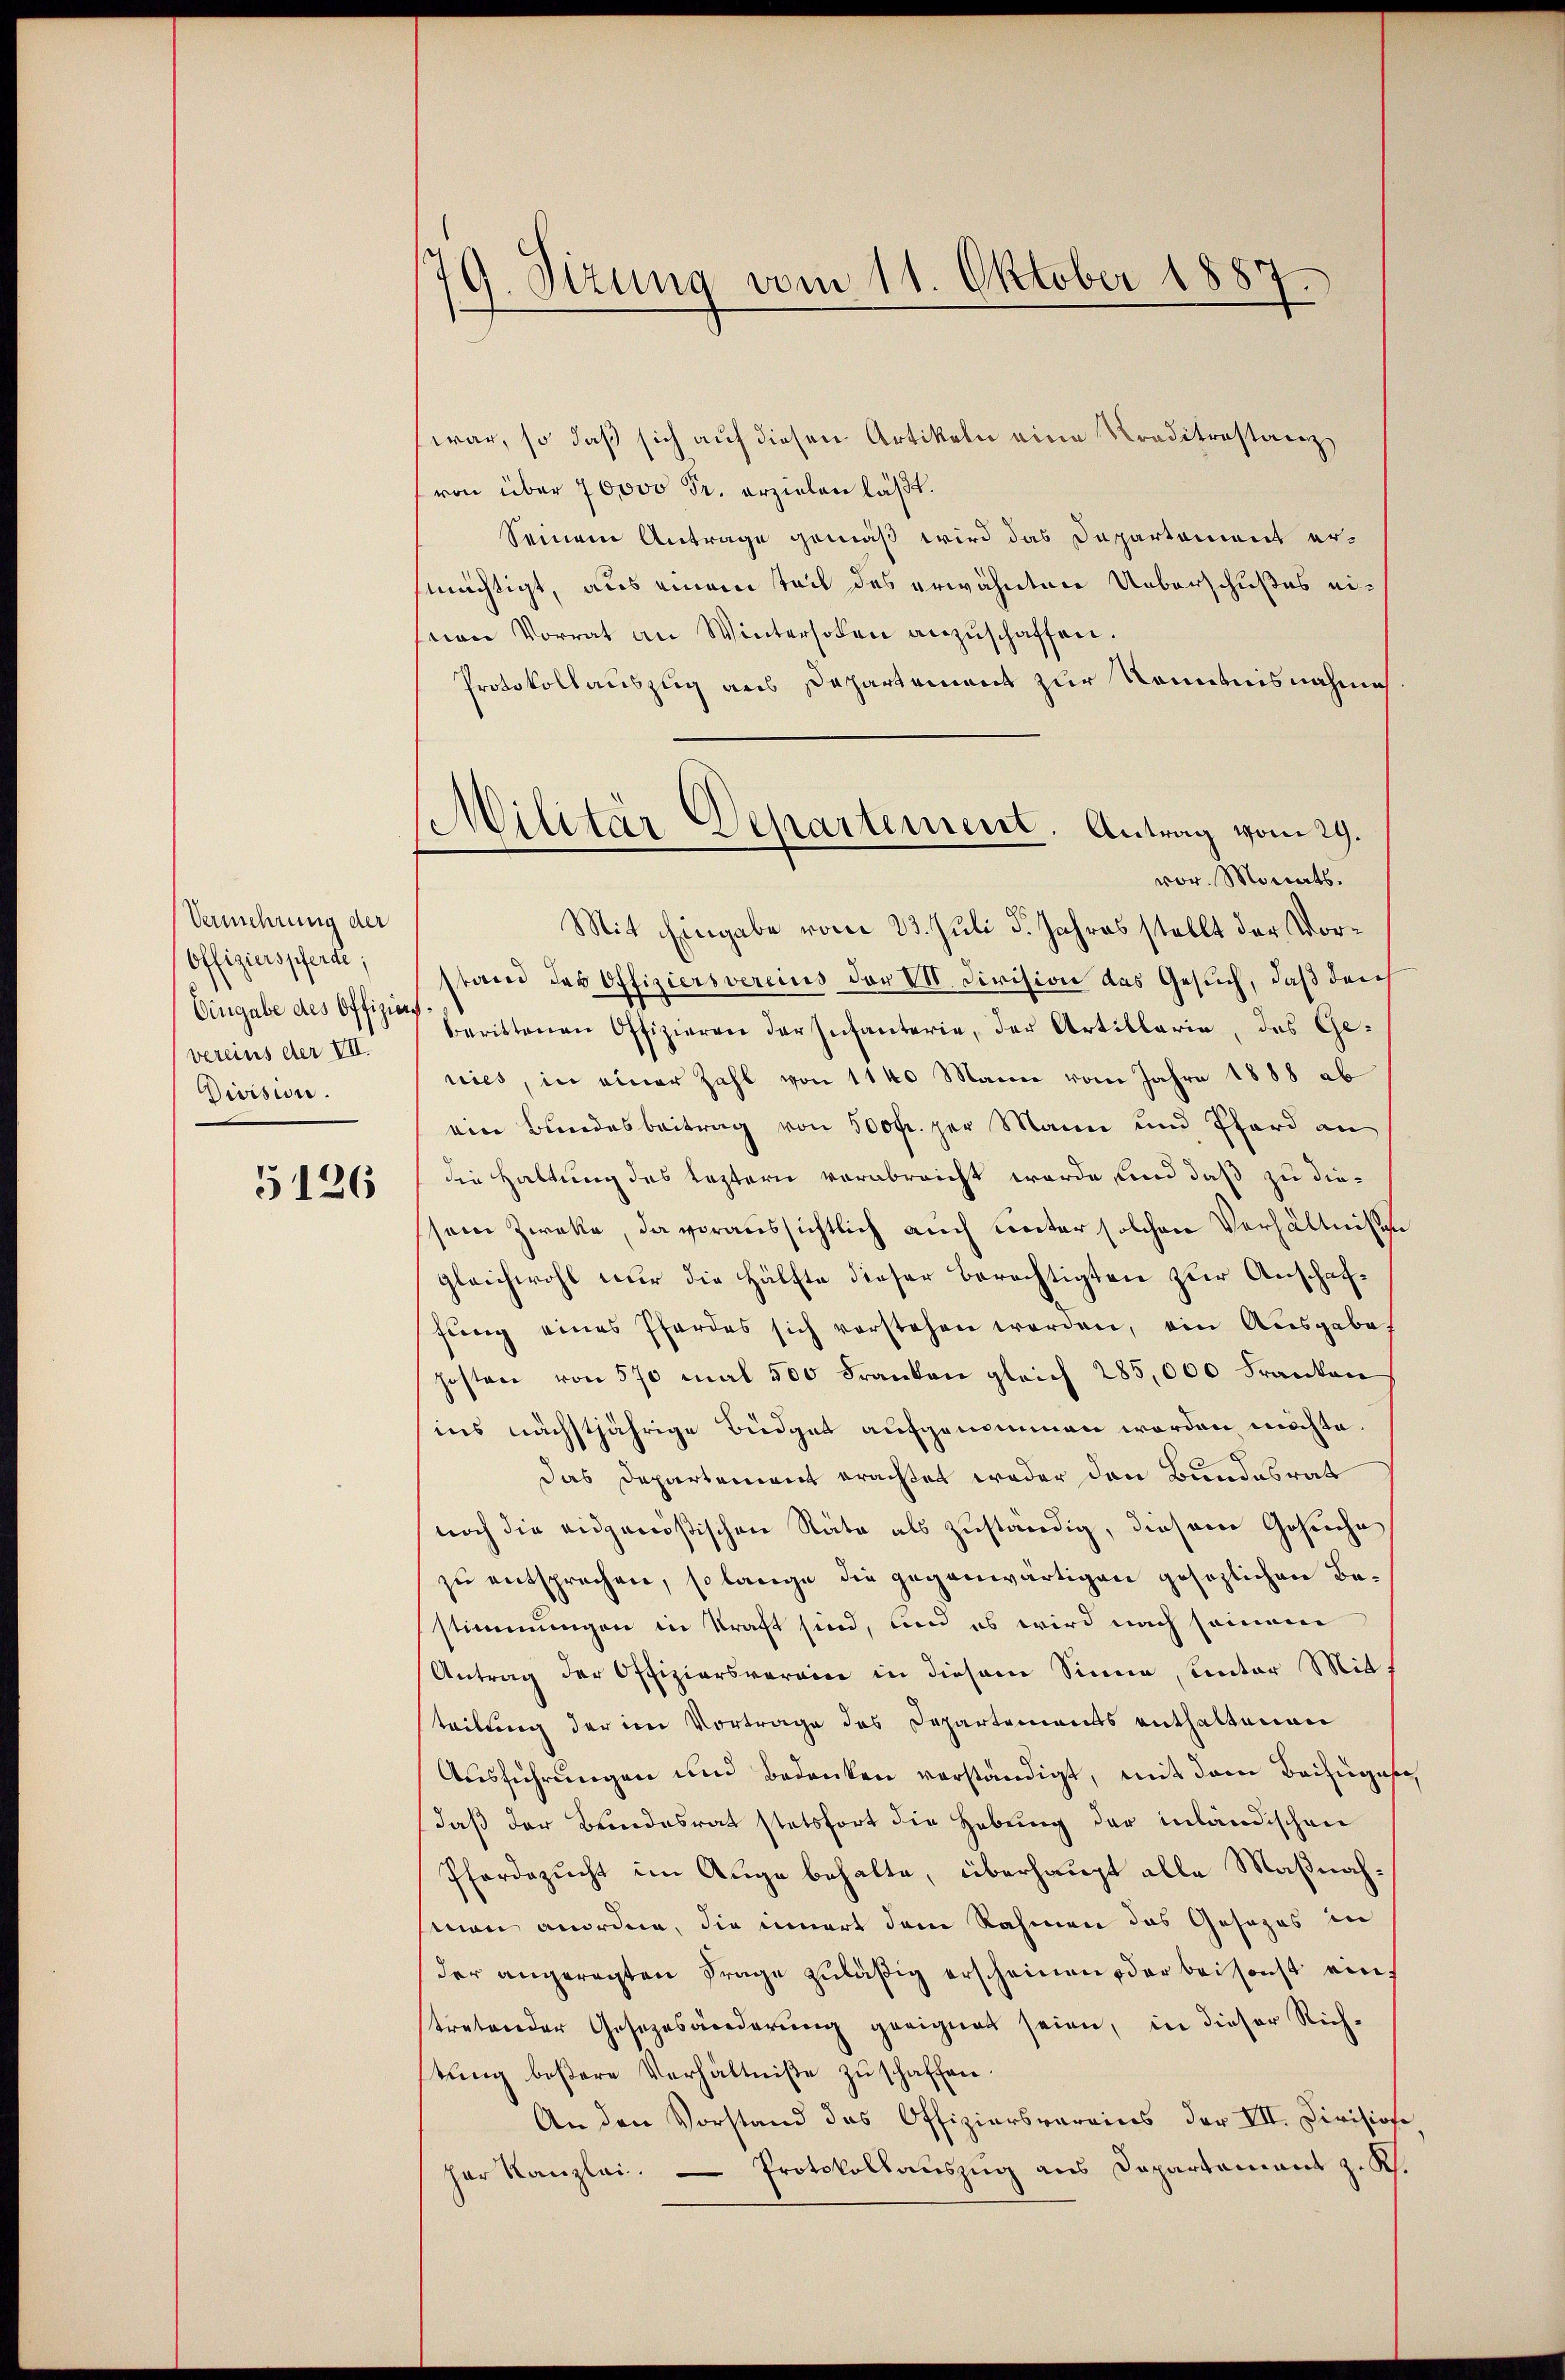
Vermehrung der
Offizierspferde;
Eingabe des Offiziens
vereins der VII.
Division.

5126

9. Sizung vom 11. Oktober 1887.

war, so daß sich auf diesen Artikeln eine Kreditanstanz,
von über 70000 Fr. erzielen läßt.
Seinem Antrage gemäß wird das Departement ermächtigt, aus einem teil des erwähnten Ueberschußes einen Vorrat an Winterholen anzuschaffen.
Protokoll auszug aus Departement zur Nominisnahme
vor. Monats.
Mit Eingabe vom 23. Juli 5. Jahres stellt der Vortarii das Offiziersvercius der VII. Division das Gesuch, daß den
berittenen Offizieren der Infanterie, der Artillaria, das Genies, in einer Zahl von 11 40 Mann vom Jahre 1888 ab
ein Bundesbeitrag von 500fr. per Mann und Pferd an
die Haltung des Leztern verabreicht werde, und daß zu diesein Zwecke, da voraussichtlich auch unter solchen Verhältnißen
gleichwohl nur die Hälfte dieser Berechtigten zur Anschaffung eines Pferdes sich vorstehen werden, ein Ausgabe
hosten von 570 mal 500 Franken gleich 285,000 Franken
ins nächstjährige Büdget aufgenommen worden möchte.
Das Departement erachtet weder den Bundesrat
noch die eidgenößischen Räte als zuständig, diesem Gesuche
zu entsprechen, so lange die gegenwärtigen gesezlichen Bestimmungen in Kraft sind, und es wird nach seinem
Antrag der Offiziersverein in diesem Sinne, unter Mitt
teilung der im Vortrage des Departements enthaltenen
Aŭsführŭngen und Bedenken verständigt, mit dem Beifüges
daß der Brindesrat stetsfort die Hebung der inländischen
Pferdezucht im Auge behalte, überhaupt alle Maßnahman anordne, die innert dem Rahmen das Gesages in
der angeregten Frage zuläßig erscheinen der bei sonst ein
tretender Gesezesänderung geeignet seien, in dieser Richtung beßere Verhältniße zuschaffen.
An den Vorstand das Offiziersvereins der VII. Divisione
her Kanzlei. — Protokollauszug aus Dapartement z. R.

Militär-Departement. Antrag vom 29.